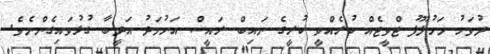
ދުވަހު މަހުލޫފު ޓްވީޓެއް ކުރެއްވީ ކުރީގެ ނައިބް ރައީސް އަހުމަދު އަދީބާ ގުޅުވައިގެންނެވެ.